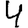
Digit: 4